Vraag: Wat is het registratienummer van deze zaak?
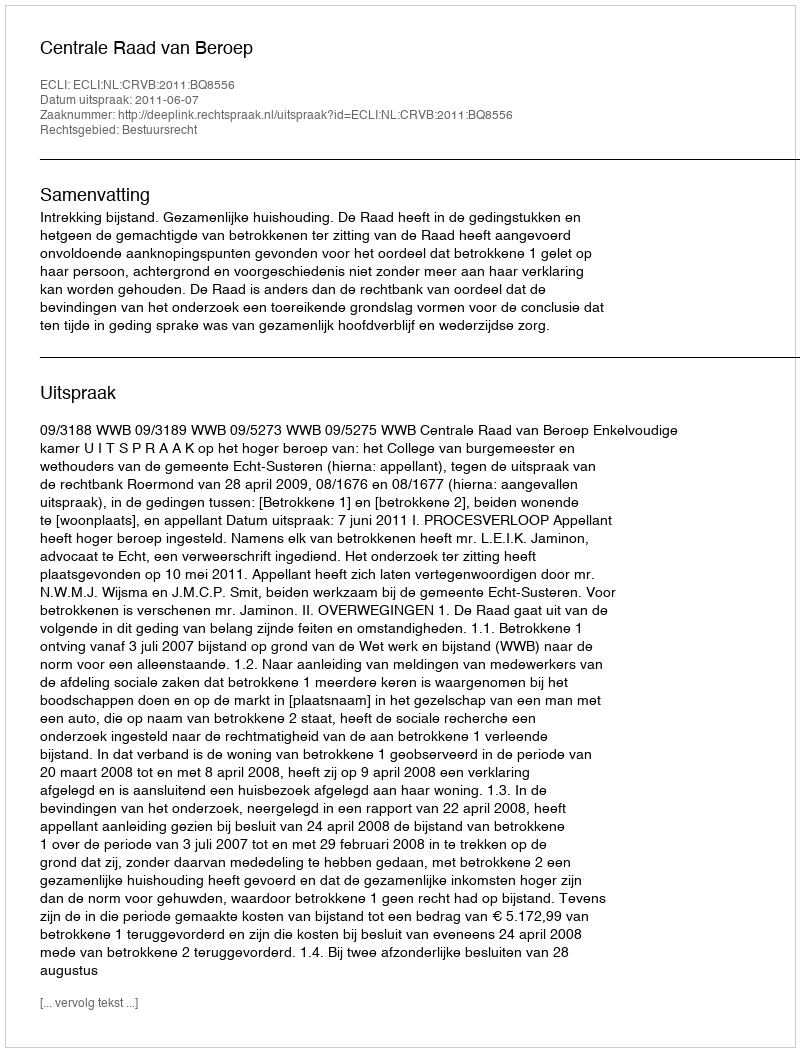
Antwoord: http://deeplink.rechtspraak.nl/uitspraak?id=ECLI:NL:CRVB:2011:BQ8556